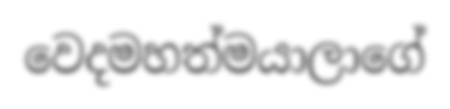
වෙදමහත්මයාලාගේ